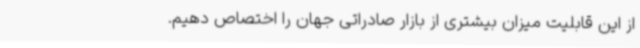
از این قابلیت میزان بیشتری از بازار صادراتی جهان را اختصاص دهیم.